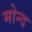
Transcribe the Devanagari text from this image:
मोन्‍द